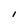
Character: I